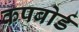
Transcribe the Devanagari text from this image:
कपबोर्ड